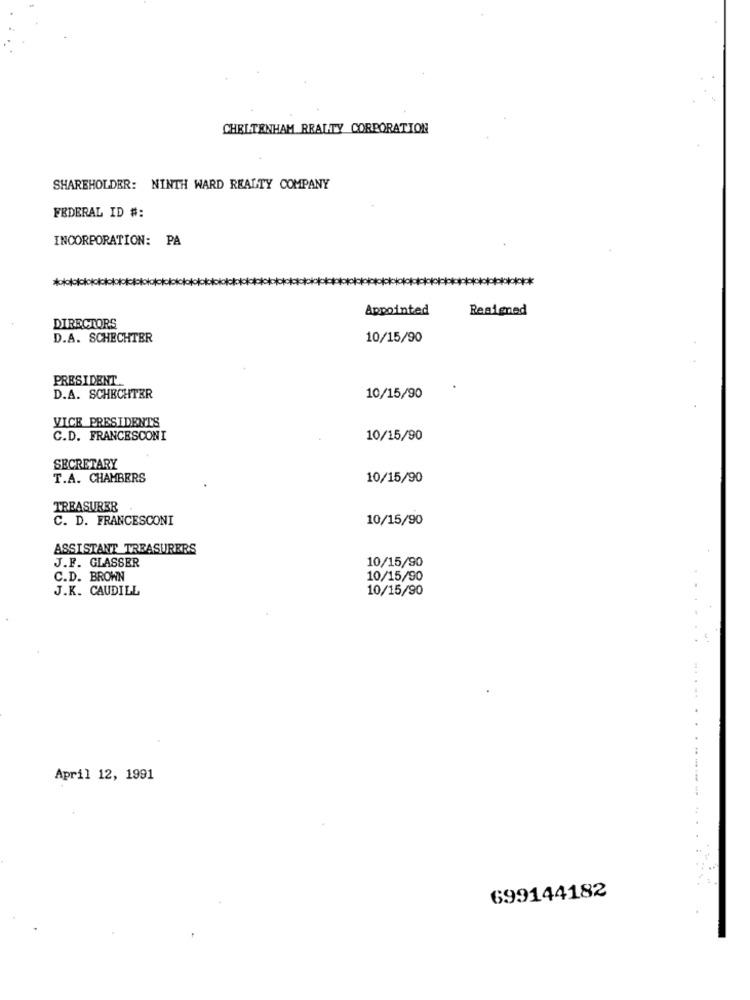
CHELTENHAM REALTY CORPORATION
SHAREHOLDER: NINTH WARD REALTY COMPANY
FEDERAL ID #:
INCORPORATION: PA
Appointed
Resigned
DIRECTORS
D.A. SCHECHTER
10/15/90
PRESIDENT
D.A. SCHECHTER
10/15/90
VICE PRESIDENTS
C.D. FRANCESCONI
10/15/90
SECRETARY
T.A. CHAMBERS
10/15/90
TREASURER
C. D. FRANCESCONI
10/15/90
ASSISTANT TREASURERS
J.F. GLASSER
10/15/90
C.D. BROWN
10/15/90
J.K. CAUDILL
10/15/90
April 12, 1991
699144182